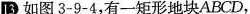
13 如图3-9-4，有一矩形地块ABCD，